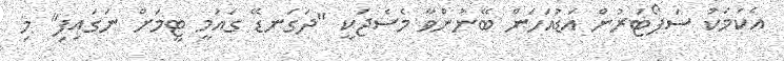
އެކަމަކު ސަޕޯޓަރުން އަޑުއަހަން ބޭނުންވާ މެސެޖަކީ "ދަގަނޑޭ ގައުމީ ޓީމަށް ނަގައިފި" މި